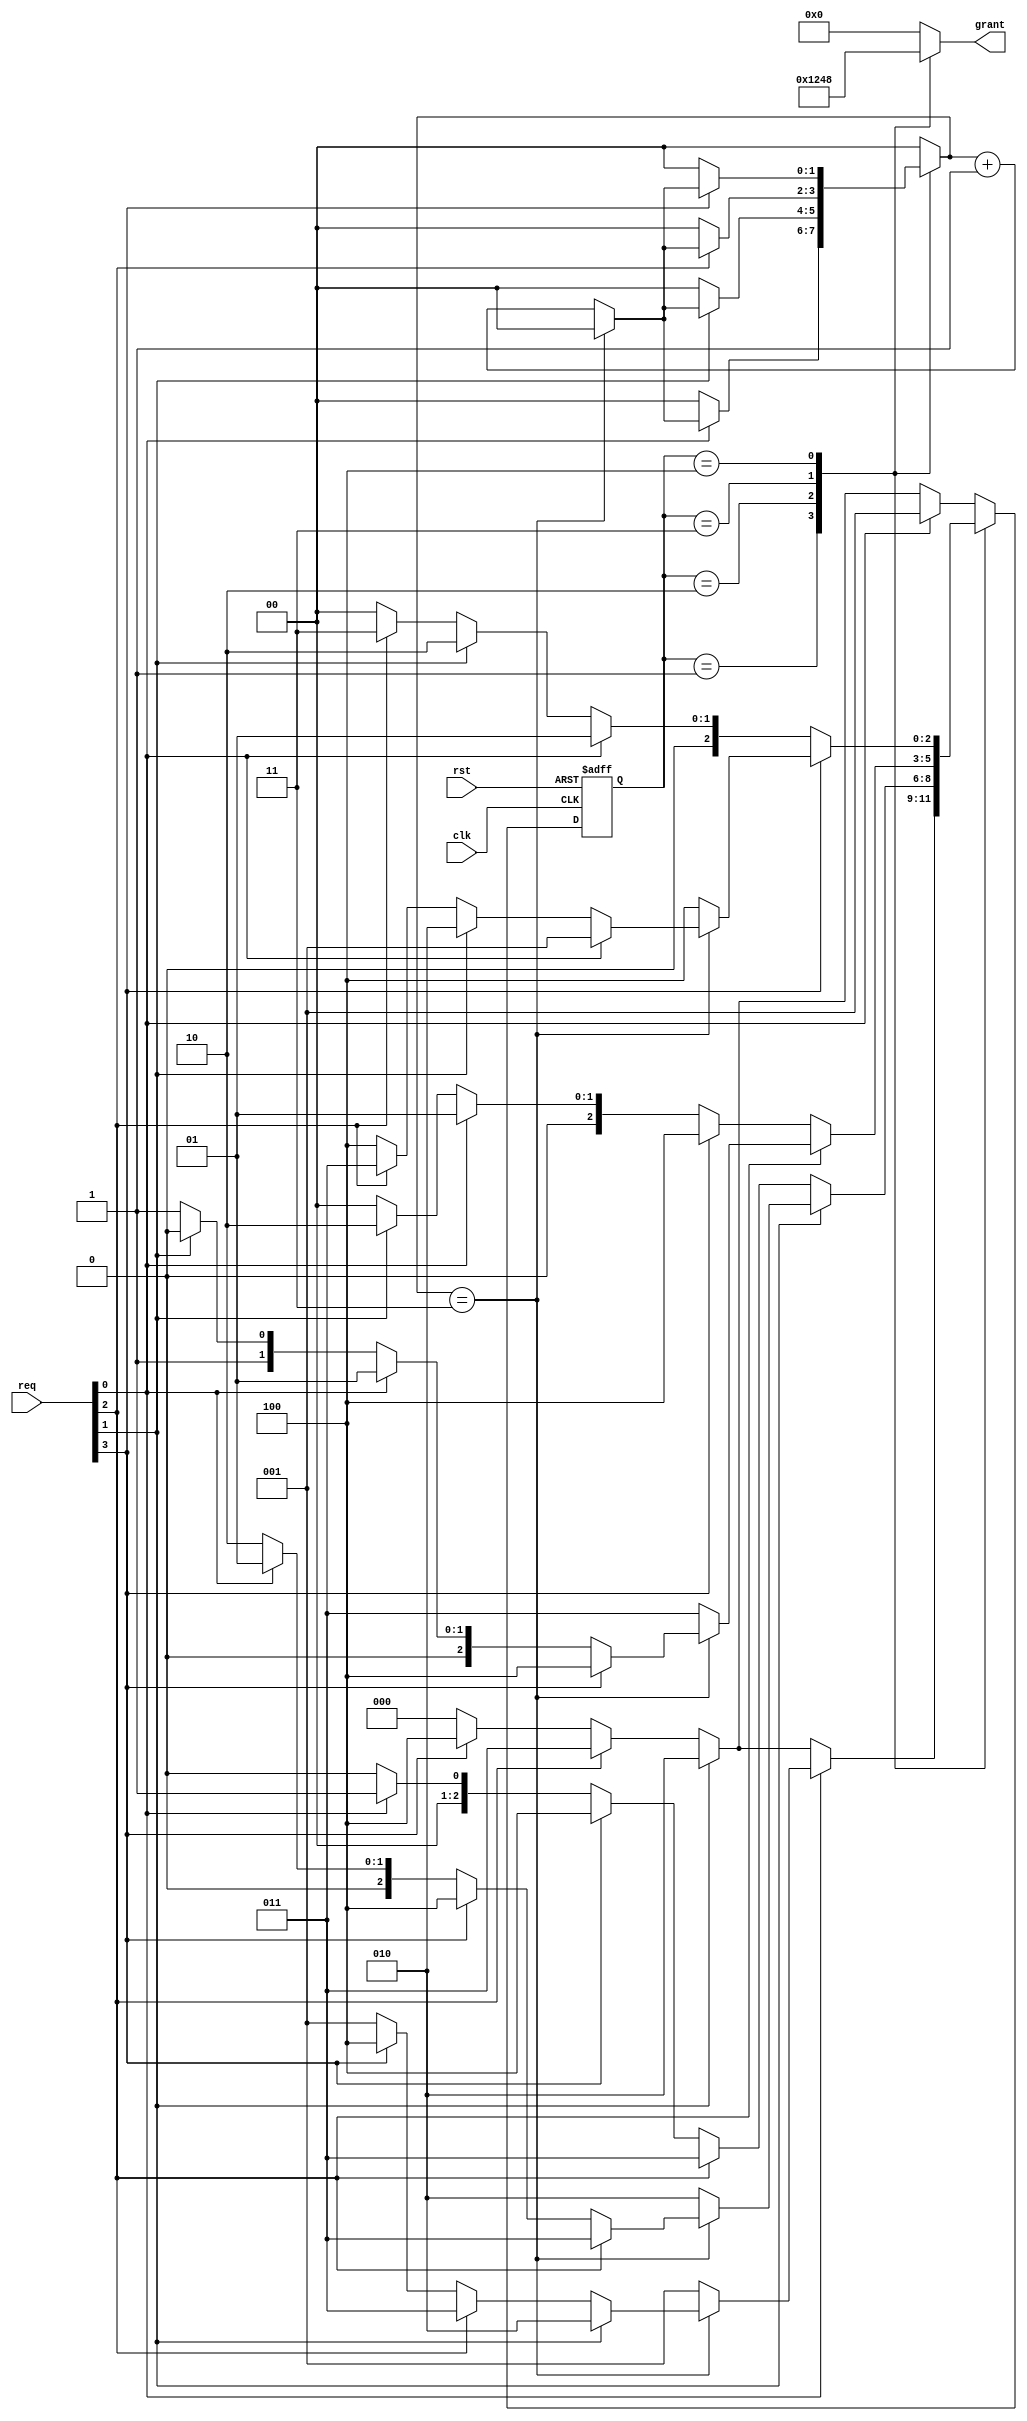
module round_robin(clk,rst,req,grant);

   output [3:0] grant;
   reg   grant;
   input  clk;
   input  rst;
   input [3:0]  req;


   reg [2:0]  state;
   reg [2:0]  next_state;
   reg [1:0]  count;
 
 
   parameter [2:0] s_ideal=3'b000;
   parameter [2:0] s0=3'b001;
   parameter [2:0] s1=3'b010;
   parameter [2:0] s2=3'b011;
   parameter [2:0] s3=3'b100;



   always @(posedge clk or posedge rst)
     begin
 if(rst)
   state=s_ideal;
 else
   state=next_state;
     end


   always @(state,next_state,count)
     begin
 case (state)
   s0:
     begin
        if (req[0])
   begin
      if(count==2'b11)
        begin
    if (req[1])
      begin
         count=2'b00;
         next_state=s1;
      end
    else if (req[2])
      begin
         count=2'b00;
         next_state=s2;
      end
    else if (req[3])
      begin
         count=2'b00;
         next_state=s3;
      end
    else
      begin
         count=2'b00;
         next_state=s0;
      end
        end // if (count==2'b11)
      else
        begin
    count=count+2'b01;
    next_state=s0;
        end // else: !if(count==2'b11)
   end // if (req[0])
        else if (req[1])
   begin
      count=2'b00;
      next_state=s1;
   end
        else if (req[2])
   begin
      count=2'b00;
      next_state=s2;
   end
        else if (req[3])
   begin
      count=2'b00;
      next_state=s3;
   end
        else
   begin
      count=2'b00;
      next_state=s_ideal;
   end
     end // case: s0


   s1:
     begin
        if (req[1])
   begin
      if (count==2'b11)
        begin
    if (req[2])
      begin
         count=2'b00;
         next_state=s2;
      end
    else if (req[3])
      begin
         count=2'b00;
         next_state=s3;
      end
    else if (req[0])
      begin
         count=2'b00;
         next_state=s0;
      end
    else
      begin
         count=2'b00;
         next_state=s1;
      end
        end // if (count==2'b11)
      else
        begin
    count=count+2'b01;
    next_state=s1;
        end // else: !if(count==2'b11)
   end // if (req[1])
        else if (req[2])
   begin
      count=2'b00;
      next_state=s2;
   end
        else if (req[3])
   begin
      count=2'b00;
      next_state=s3;
   end
        else if (req[0])
   begin
      count=2'b00;
      next_state=s0;
   end
        else
   begin
      count=2'b00;
      next_state=s_ideal;
   end
     end // case: s1



   s2:
     begin
        if (req[2])
   begin
      if (count==2'b11)
        begin
    if (req[3])
      begin
         count=2'b00;
         next_state=s3;
      end
    else if (req[0])
      begin
         count=2'b00;
         next_state=s0;
      end
    else if (req[1])
      begin
         count=2'b00;
         next_state=s1;
      end
    else
      begin
         count=2'b00;
         next_state=s2;
      end
        end // if (count==2'b11)
      else
        begin
    count=count+2'b01;
    next_state=s2;
        end // else: !if(count==2'b11)
   end // if (req[2])
        else if (req[3])
   begin
      count=2'b00;
      next_state=s3;
   end
        else if (req[0])
   begin
      count=2'b00;
      next_state=s0;
   end
        else if (req[1])
   begin
      count=2'b00;
      next_state=s1;
   end
        else
   begin
      count=2'b00;
      next_state=s_ideal;
   end
     end // case: s2



   s3:
     begin
        if (req[3])
   begin
      if (count==2'b11)
        begin
    if (req[0])
      begin
         count=2'b00;
         next_state=s0;
      end
    else if (req[1])
      begin
         count=2'b00;
         next_state=s1;
      end
    else if (req[2])
      begin
         count=2'b00;
         next_state=s2;
      end
    else
      begin
         count=2'b00;
         next_state=s3;
      end
        end // if (count==2'b11)
      else
        begin
    count=count+2'b01;
    next_state=s3;
        end // else: !if(count==2'b11)
   end // if (req[3])
        else if (req[0])
   begin
      count=2'b00;
      next_state=s0;
   end
        else if (req[1])
   begin
      count=2'b00;
      next_state=s1;
   end
        else if (req[2])
   begin
      count=2'b00;
      next_state=s2;
   end
        else
   begin
      count=2'b00;
      next_state=s_ideal;
   end
     end // case: s3


   default:
     begin
        if (req[0])
   begin
      count=2'b00;
      next_state=s0;
   end
        else if (req[1])
   begin
      count=2'b00;
      next_state=s1;
   end
        else if (req[2])
   begin
      count=2'b00;
      next_state=s2;
   end
        else if (req[3])
   begin
      count=2'b00;
      next_state=s3;
   end
        else
   begin
      count=2'b00;
      next_state=s_ideal;
   end
     end // case: default
 endcase // case (state)
     end // always @ (state,next_state,count)     


always @(state,next_state,count)
  begin
     case (state)
       s0:begin grant=4'b0001; end
       s1:begin grant=4'b0010; end
       s2:begin grant=4'b0100; end
       s3:begin grant=4'b1000; end
       default:begin grant=4'b0000; end
     endcase // case (state)
  end
 endmodule